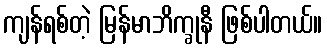
ကျန်ရစ်တဲ့ မြန်မာဘိက္ခုနီ ဖြစ်ပါတယ်။